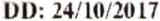
DD: 24/10/2017